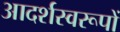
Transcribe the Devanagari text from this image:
आदर्शस्वरूपों